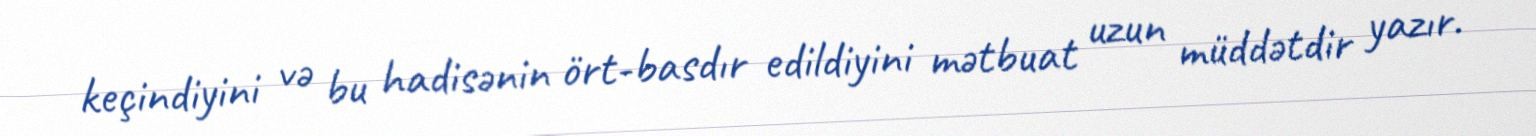
keçindiyini və bu hadisənin ört-basdır edildiyini mətbuat uzun müddətdir yazır.